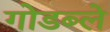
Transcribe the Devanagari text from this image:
गोडब्ले